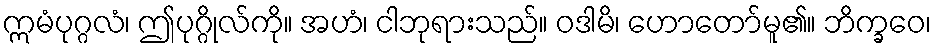
ဣမံပုဂ္ဂလံ၊ ဤပုဂ္ဂိုလ်ကို။ အဟံ၊ ငါဘုရားသည်။ ဝဒါမိ၊ ဟောတော်မူ၏။ ဘိက္ခဝေ၊